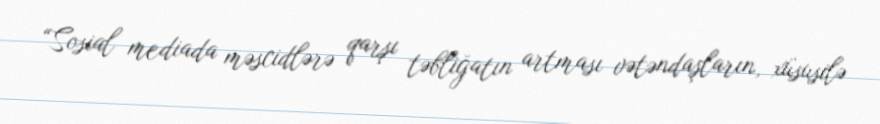
“Sosial mediada məscidlərə qarşı təbliğatın artması vətəndaşların, xüsusilə